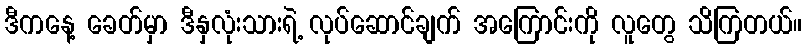
ဒီကနေ့ ခေတ်မှာ ဒီနှလုံးသားရဲ့ လုပ်ဆောင်ချက် အကြောင်းကို လူတွေ သိကြတယ်။